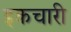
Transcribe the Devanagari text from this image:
इकचारी